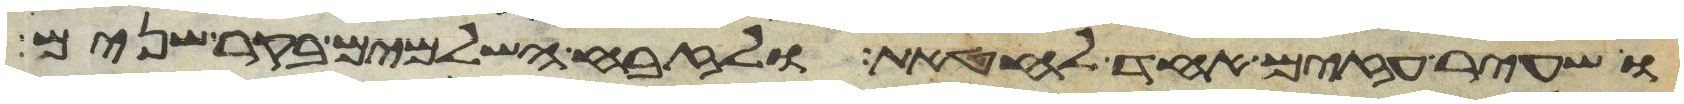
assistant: ושעיר עזים אחד לחטאת ולזבח השלמים בקר שנים